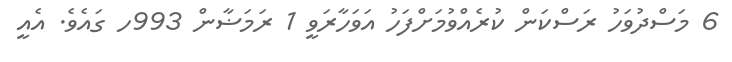
6 މަސްދުވަހު ރަސްކަން ކުރެއްވުމަށްފަހު އަވަހާރަވީ 1 ރަމަޟާން 993ހ ގައެވެ. އެއީ